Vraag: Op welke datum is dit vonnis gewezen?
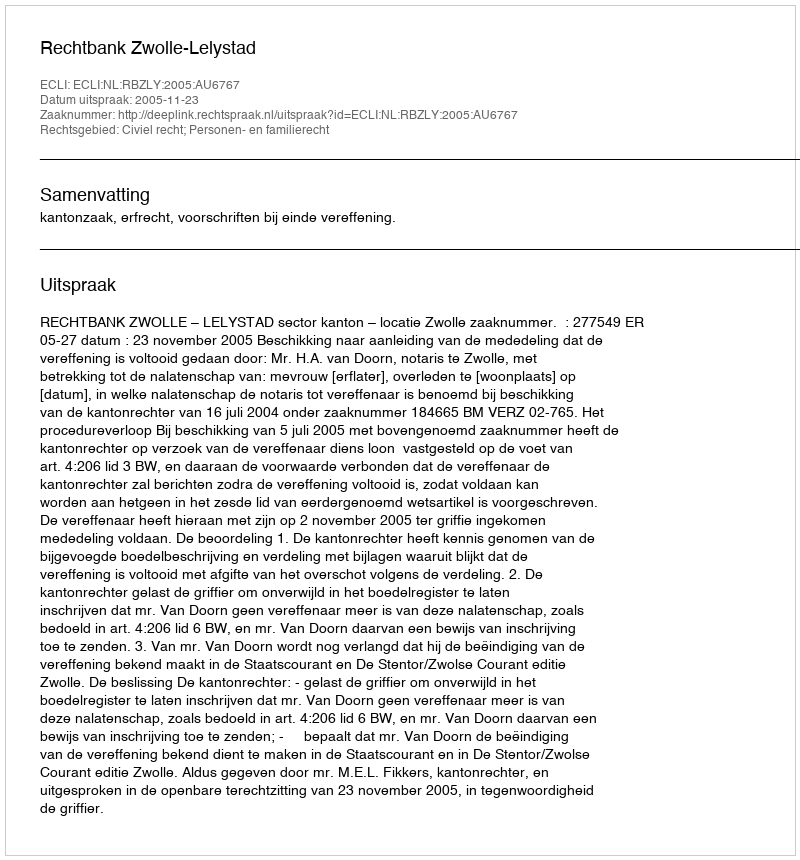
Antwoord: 2005-11-23